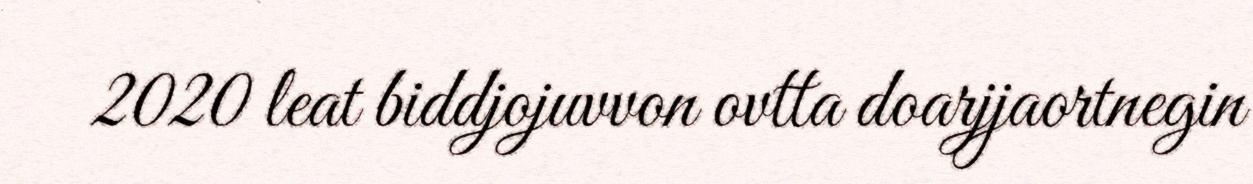
2020 leat biddjojuvvon ovtta doarjjaortnegin